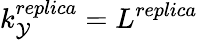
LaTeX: k_{\mathcal{Y}}^{replica}=L^{replica}